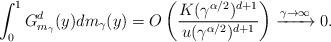
LaTeX: \begin{align*} \int_{0}^{1}G^d_{m_\gamma}(y)dm_{\gamma}(y) = O\left(\frac{K(\gamma^{\alpha/2})^{d+1}}{u(\gamma^{\alpha/2})^{d+1}} \right) \xrightarrow{\gamma \to \infty} 0. \end{align*}